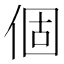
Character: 個